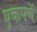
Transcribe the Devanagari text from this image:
एकपणें